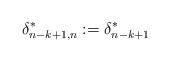
LaTeX: \begin{align*}{\delta^*_{n-k+1,n}}:= {\delta^*_{n-k+1}}\end{align*}